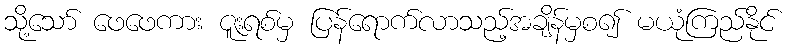
သို့သော် ဖေဖေကား ဇူးရစ်မှ ပြန်ရောက်လာသည့်အချိန်မှစ၍ မယုံကြည်နိုင်